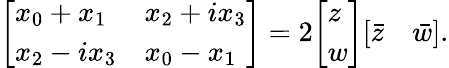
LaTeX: {\left[\begin{array}{ll}{x_{0}+x_{1}}&{x_{2}+ix_{3}}\\ {x_{2}-ix_{3}}&{x_{0}-x_{1}}\end{array}\right]}=2{\left[\begin{array}{l}{z}\\ {w}\end{array}\right]}{\left[\begin{array}{ll}{{\bar{z}}}&{{\bar{w}}}\end{array}\right]}.